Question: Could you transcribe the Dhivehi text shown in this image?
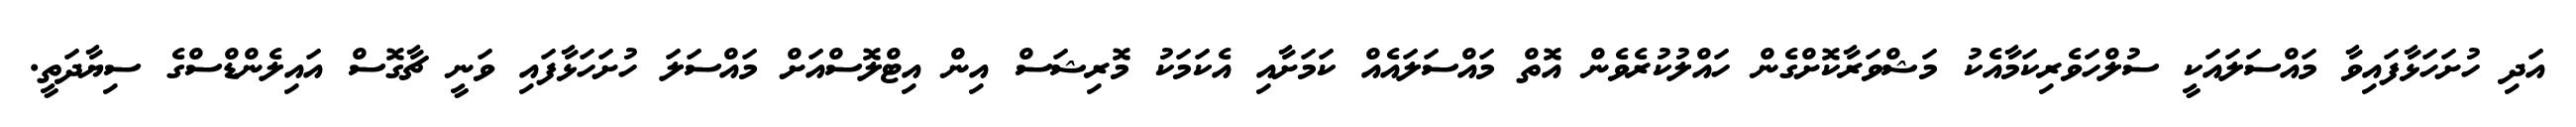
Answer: އަދި ހުށަހަޅާފައިވާ މައްސަލައަކީ ސުލްހަވެރިކަމާއެކު މަޝްވަރާކޮށްގެން ހައްލުކުރެވެން އޮތް މައްސަލައެއް ކަމަށާއި އެކަމަކު މޮރިޝަސް އިން އިޓްލޮސްއަށް މައްސަލަ ހުށަހަޅާފައި ވަނީ ޗާގޮސް އައިލެންޑްސްގެ ސިޔާދަތީ.